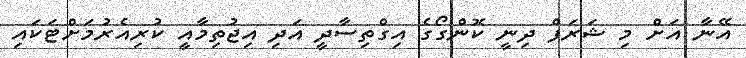
އޭނާ އަށް މި ޝަރަފް ދިނީ ކޮންގޯގެ އިގްތިސާދީ އަދި އިޖުތިމާއީ ކުރިއެރުމަށްޓަކައި